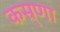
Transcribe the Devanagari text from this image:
कस्र्णा